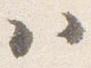
ハ